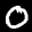
Label: 0